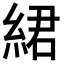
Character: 𦀲